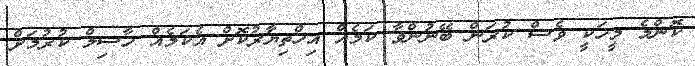
ކޮންމެ މީހަކީ ވެސް ކުރަން ބޭނުންވާ ކަމެއް އިހްތިޔާރުކޮށް އެކަމެއް ހާސިލް ކުރުމަށް